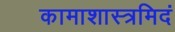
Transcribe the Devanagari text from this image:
कामाशास्त्रमिदं